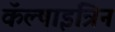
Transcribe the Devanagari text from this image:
कॅल्षाइन्रिन